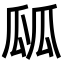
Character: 㼌